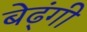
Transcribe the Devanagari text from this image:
बेढ्ंगी